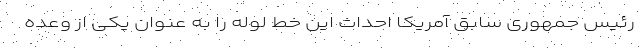
رئیس جمهوری سابق آمریکا احداث این خط لوله را به عنوان یکی از وعده